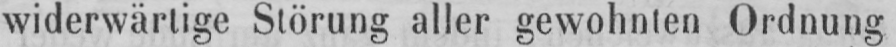
widerwärtige Störung aller gewohnten Ordnung